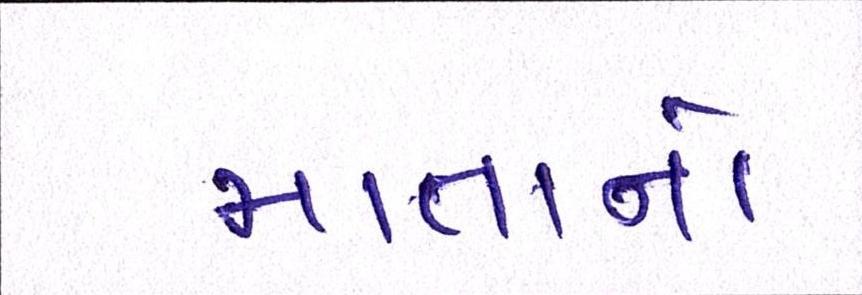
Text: માતાનો